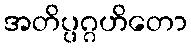
အတိပ္ပဂ္ဂဟိတော